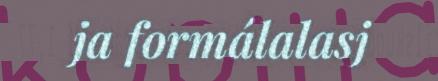
ja formálalasj